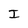
Character: I